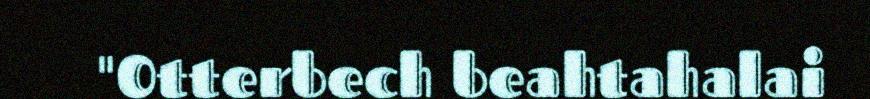
"Otterbech beahtahalai